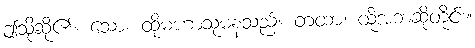
ဤသို့ဆို၏။ သော၊ ထိုမဟာသုမနသည်။ တထာ၊ ထိုအဘဆိုတိုင်း။